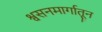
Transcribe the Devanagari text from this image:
श्वसनमार्गातून